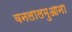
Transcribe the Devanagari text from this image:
वनलालमुआना